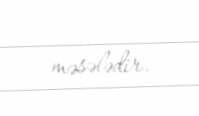
məsələdir.